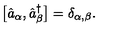
\bigl [ \hat { a } _ { \alpha } , \hat { a } _ { \beta } ^ { \dagger } \bigr ] = \delta _ { \alpha , \beta } .